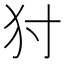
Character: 𤜮